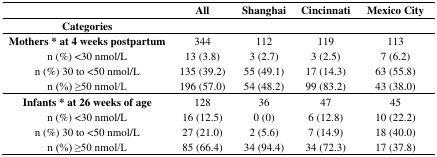
<table><thead><tr><td></td><td><b>All</b></td><td><b>Shanghai</b></td><td><b>Cincinnati</b></td><td><b>Mexico City</b></td></tr><tr><td><b>Categories</b></td><td></td><td></td><td></td><td></td></tr></thead><tbody><tr><td><b>Mothers * at 4 weeks postpartum</b></td><td>344</td><td>112</td><td>119</td><td>113</td></tr><tr><td>n (%) &lt;30 nmol/L</td><td>13 (3.8)</td><td>3 (2.7)</td><td>3 (2.5)</td><td>7 (6.2)</td></tr><tr><td>n (%) 30 to &lt;50 nmol/L</td><td>135 (39.2)</td><td>55 (49.1)</td><td>17 (14.3)</td><td>63 (55.8)</td></tr><tr><td>n (%) ≥50 nmol/L</td><td>196 (57.0)</td><td>54 (48.2)</td><td>99 (83.2)</td><td>43 (38.0)</td></tr><tr><td><b>Infants * at 26 weeks of age</b></td><td>128</td><td>36</td><td>47</td><td>45</td></tr><tr><td>n (%) &lt;30 nmol/L</td><td>16 (12.5)</td><td>0 (0)</td><td>6 (12.8)</td><td>10 (22.2)</td></tr><tr><td>n (%) 30 to &lt;50 nmol/L</td><td>27 (21.0)</td><td>2 (5.6)</td><td>7 (14.9)</td><td>18 (40.0)</td></tr><tr><td>n (%) ≥50 nmol/L</td><td>85 (66.4)</td><td>34 (94.4)</td><td>34 (72.3)</td><td>17 (37.8)</td></tr></tbody></table>